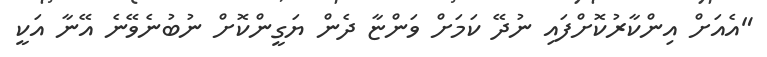
"އެއަށް އިންކާރުކޮށްފައި ނުދޭ ކަމަށް ވަންޏާ ދެން ޔަގީންކޮށް ނުބުނެވޭނެ އޭނާ އަކީ